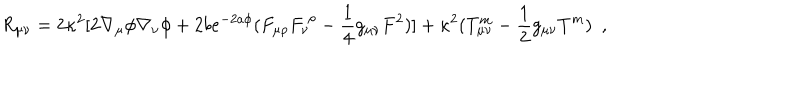
R _ { \mu \nu } = 2 \kappa ^ { 2 } \lbrack 2 \nabla _ { \mu } \phi \nabla _ { \nu } \phi + 2 b e ^ { - 2 a \phi } ( F _ { \mu \rho } F _ { \nu } ^ { ~ \rho } - \frac { 1 } { 4 } g _ { \mu \nu } F ^ { 2 } ) \rbrack + \kappa ^ { 2 } ( T _ { \mu \nu } ^ { m } - \frac { 1 } { 2 } g _ { \mu \nu } T ^ { m } ) ~ ~ ,